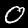
Digit: 0